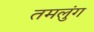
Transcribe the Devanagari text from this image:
तमलुंग